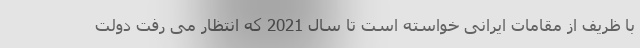
با ظریف از مقامات ایرانی خواسته است تا سال 2021 كه انتظار می رفت دولت